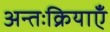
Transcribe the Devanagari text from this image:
अन्तःक्रियाएँ